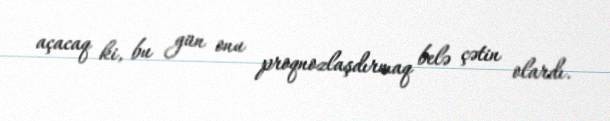
açacaq ki, bu gün onu proqnozlaşdırmaq belə çətin olardı.